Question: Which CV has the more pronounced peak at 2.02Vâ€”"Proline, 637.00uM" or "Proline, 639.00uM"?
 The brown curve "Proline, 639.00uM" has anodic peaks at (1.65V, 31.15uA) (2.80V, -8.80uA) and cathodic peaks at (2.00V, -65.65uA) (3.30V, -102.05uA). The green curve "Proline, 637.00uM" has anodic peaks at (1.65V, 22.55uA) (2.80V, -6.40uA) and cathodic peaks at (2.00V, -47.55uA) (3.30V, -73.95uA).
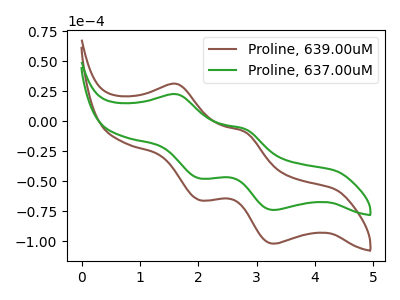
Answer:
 <answer>The peak at 2.02V is lower in "Proline, 637.00uM" than in "Proline, 639.00uM".</answer>
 <eval>lower</eval>